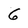
Character: g